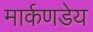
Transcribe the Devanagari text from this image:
मार्कणडेय